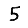
Digit: 5